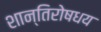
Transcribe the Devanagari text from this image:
शान्तिरोषधय